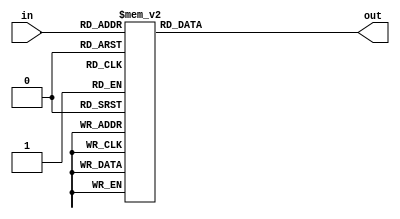
module decoder_4_16(input [3:0] in, output reg [15:0] out);
always @(*) begin
    case (in)
        4'b0000: out <= 16'h0001;
        4'b0001: out <= 16'h0002;
        4'b0010: out <= 16'h0004;
        4'b0011: out <= 16'h0008;
        4'b0100: out <= 16'h0010;
        4'b0101: out <= 16'h0020;
        4'b0110: out <= 16'h0040;
        4'b0111: out <= 16'h0080;
        4'b1000: out <= 16'h0100;
        4'b1001: out <= 16'h0200;
        4'b1010: out <= 16'h0400;
        4'b1011: out <= 16'h0800;
        4'b1100: out <= 16'h1000;
        4'b1101: out <= 16'h2000;
        4'b1110: out <= 16'h4000;
        4'b1111: out <= 16'h8000;
    endcase
end
endmodule